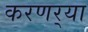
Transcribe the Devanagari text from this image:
करणर्‍या